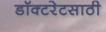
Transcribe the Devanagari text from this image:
डॉक्टरेटसाठी